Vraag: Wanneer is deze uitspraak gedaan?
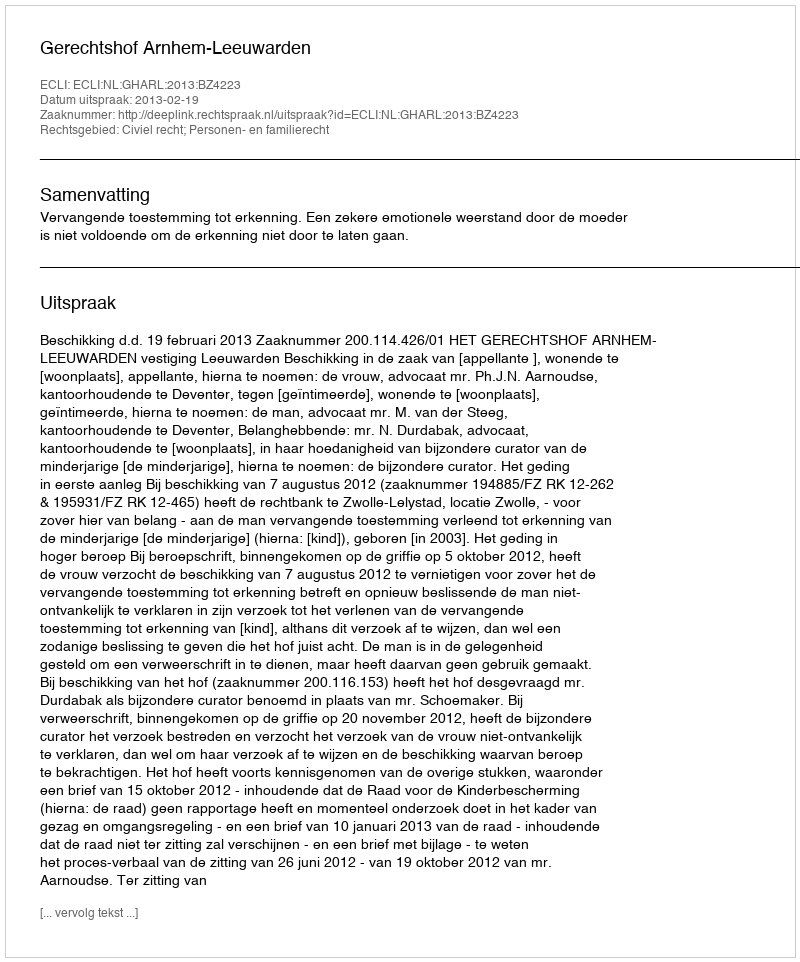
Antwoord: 2013-02-19